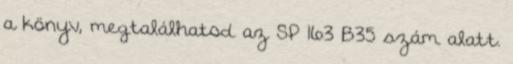
a könyv, megtalálhatod az SP 163 B35 szám alatt.